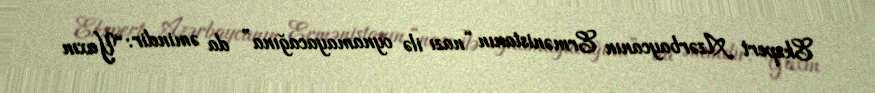
Ekspert Azərbaycanın Ermənistanın “nazı ilə oynamayacağına” da əmindir: “Yaxın